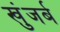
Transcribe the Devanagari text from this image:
खुंजर्ब